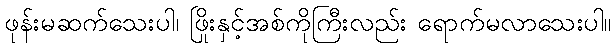
ဖုန်းမဆက်သေးပါ၊ ဖြိုးနှင့်အစ်ကိုကြီးလည်း ရောက်မလာသေးပါ။